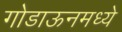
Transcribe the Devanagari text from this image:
गोडाऊनमध्ये